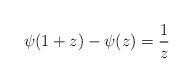
LaTeX: \begin{align*}\psi(1+z)-\psi(z)=\frac{1}{z}\end{align*}